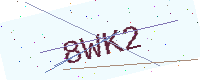
Text: 8WK2